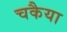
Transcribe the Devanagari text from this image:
चकैया